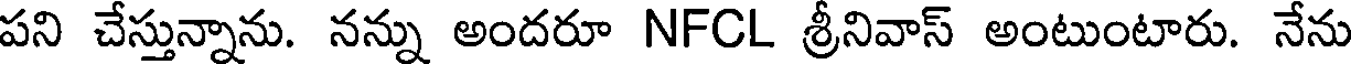
పని చేస్తున్నాను. నన్ను అందరూ NFCL శ్రీనివాస్ అంటుంటారు. నేను